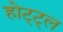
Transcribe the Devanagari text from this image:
होट्ट्ल